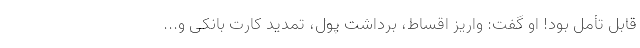
قابل تأمل بود! او گفت: واریز اقساط، برداشت پول، تمدید کارت بانکی و...